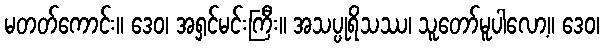
မတတ်ကောင်း။ ဒေဝ၊ အရှင်မင်းကြီး။ အသပ္ပုရိသဿ၊ သူတော်မူပါလော့။ ဒေဝ၊